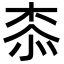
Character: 𣑰